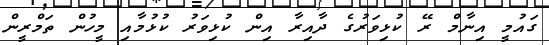
ގައުމީ އިނާމް ރޭ ކުޅިވަރުގެ ދާއިރާ އިން ކުޅިވަރު ކުޅުމާއި މީހުން ތަމްރީން